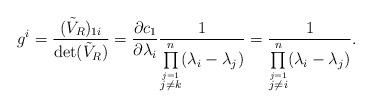
LaTeX: \begin{align*} g^{i}=\frac{ (\tilde{V}_R)_{1i}}{\det(\tilde{V}_R)} =\frac{\partial c_1}{\partial \lambda_i} \frac{1}{\prod\limits_{\stackrel{j=1}{j\neq k}}^n ( \lambda_i- \lambda_j)} =\frac{1}{\prod\limits_{\stackrel{j=1}{j\neq i}}^n ( \lambda_i- \lambda_j)} .\end{align*}